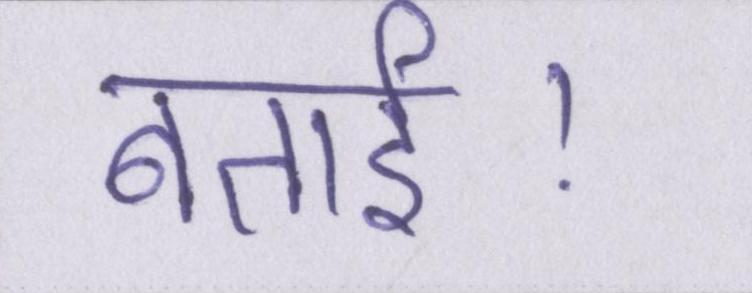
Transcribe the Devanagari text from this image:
बताई।